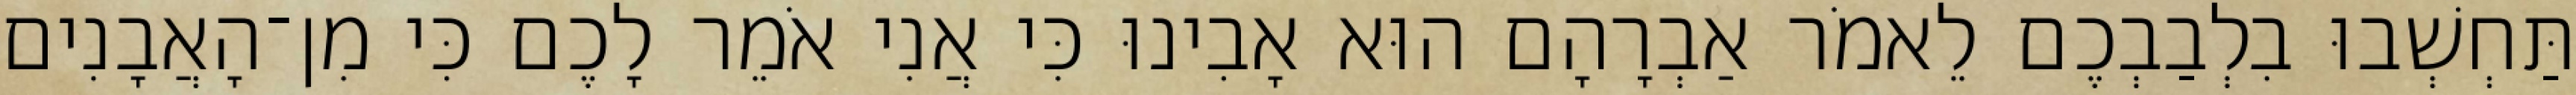
תַּחְשְׁבוּ בִלְבַבְכֶם לֵאמֹר אַבְרָהָם הוּא אָבִינוּ כִּי אֲנִי אֹמֵר לָכֶם כִּי מִן־הָאֲבָנִים